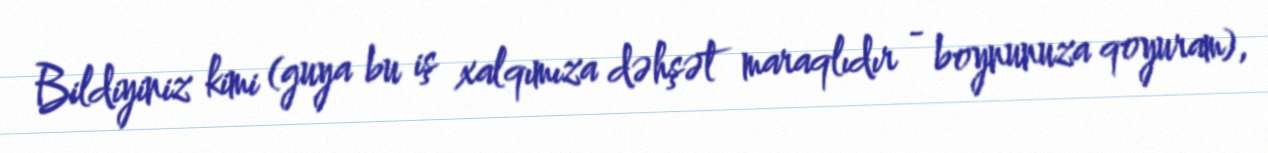
Bildiyiniz kimi (guya bu iş xalqımıza dəhşət maraqlıdır - boynunuza qoyuram),